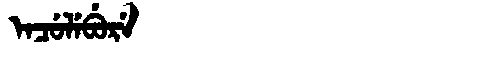
Manchu: ᡝᠨᠴᡠᠯᡝᠪᡠᡵᡝ
Romanization: ENCULEBURE